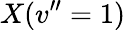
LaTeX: X(v^{\prime\prime}=1)